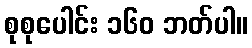
စုစုပေါင်း ၁၆၀ ဘတ်ပါ။